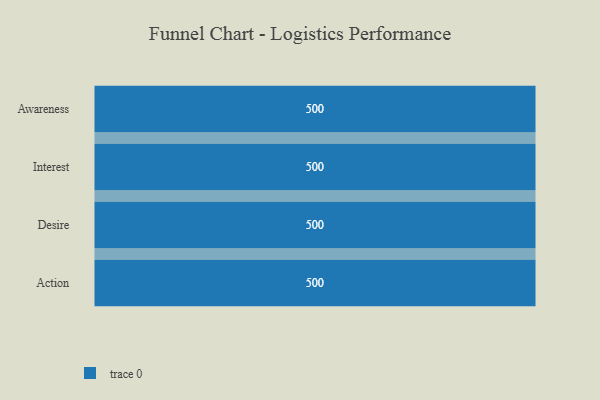
{"axis": {"x": "Stage", "y": "Value"}, "legend": [""], "data": [{"x": "Awareness", "y": 500, "type": ""}, {"x": "Interest", "y": 500, "type": ""}, {"x": "Desire", "y": 500, "type": ""}, {"x": "Action", "y": 500, "type": ""}]}